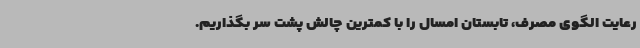
رعایت الگوی مصرف، تابستان امسال را با کمترین چالش پشت سر بگذاریم.